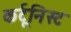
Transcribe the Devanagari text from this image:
कर्टूनिस्ट